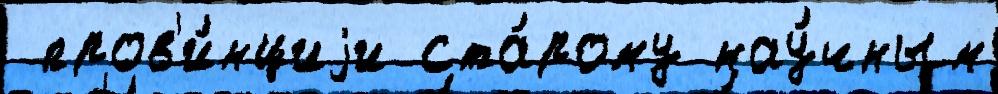
 пров'и́нциjи ста́рому нау́чным